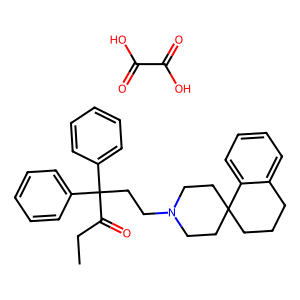
SMILES: CCC(=O)C(CCN1CCC2(CCCc3ccccc32)CC1)(c1ccccc1)c1ccccc1.O=C(O)C(=O)O
Inhibits HIV replication: No